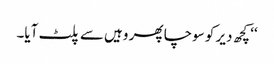
‘‘ کچھ دیر کو سوچا پھر وہیں سے پلٹ آیا۔